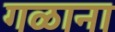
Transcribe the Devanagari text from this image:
गळाना